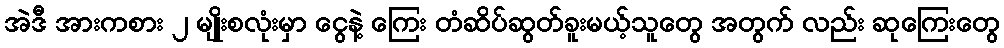
အဲဒီ အားကစား ၂ မျိုးစလုံးမှာ ငွေနဲ့ ကြေး တံဆိပ်ဆွတ်ခူးမယ့်သူတွေ အတွက် လည်း ဆုကြေးတွေ